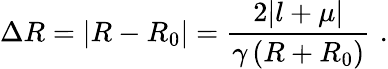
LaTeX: \Delta R=\left|R-R_{0}\right|=\frac{2|l+\mu|}{\gamma\left(R+R_{0}\right)}\, \, .